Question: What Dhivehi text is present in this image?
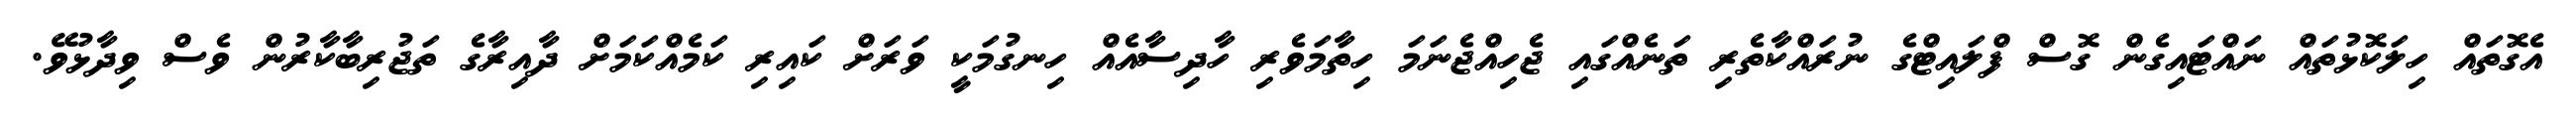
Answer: އެގޮތައް ހިލަކޮޅުތައް ނައްޓައިގެން ގޮސް ފްލައިޓްގެ ނުރައްކާތެރި ތަނެއްގައި ޖެހިއްޖެނަމަ ހިތާމަވެރި ހާދިސާއެއް ހިނގުމަކީ ވަރަށް ކައިރި ކަމެއްކަމަށް ދާއިރާގެ ތަޖުރިބާކާރުން ވެސް ވިދާޅުވޭ.